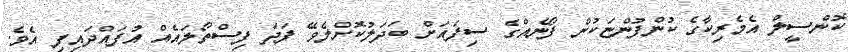
ކޮންސީލް އެމެރިކާގެ ކުންފުންޏަކުން ފޯނެއްގެ ސިފައަށް ބަދަލުކޮށްލެވޭ ފަދަ ފިސްތޯލައެއް އުފައްދައިފި އެވެ.